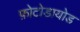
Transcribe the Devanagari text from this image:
फ़ोटोडायोड